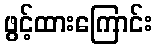
ဖွင့်ထားကြောင်း